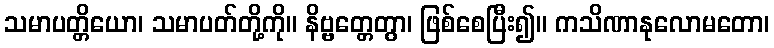
သမာပတ္တိယော၊ သမာပတ်တို့ကို။ နိဗ္ဗတ္တေတွာ၊ ဖြစ်စေပြီး၍။ ကသိဏာနုလောမတော၊